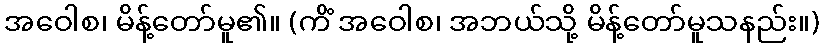
အဝေါစ၊ မိန့်တော်မူ၏။ (ကိံ အဝေါစ၊ အဘယ်သို့ မိန့်တော်မူသနည်း။)